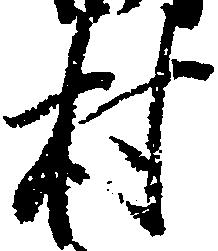
村